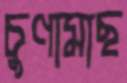
চুণামাছ